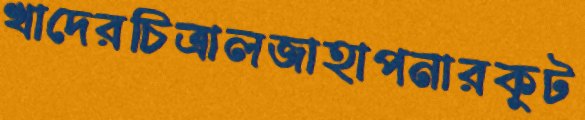
খাদেরচিত্রালজাহাপনারকুট